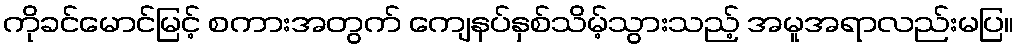
ကိုခင်မောင်မြင့် စကားအတွက် ကျေနပ်နှစ်သိမ့်သွားသည့် အမူအရာလည်းမပြ။